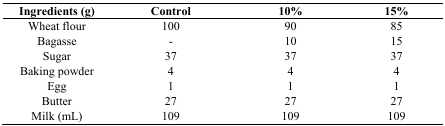
<table><thead><tr><td><b>Ingredients (g)</b></td><td><b>Control</b></td><td><b>10%</b></td><td><b>15%</b></td></tr></thead><tbody><tr><td>Wheat flour</td><td>100</td><td>90</td><td>85</td></tr><tr><td>Bagasse</td><td>-</td><td>10</td><td>15</td></tr><tr><td>Sugar</td><td>37</td><td>37</td><td>37</td></tr><tr><td>Baking powder</td><td>4</td><td>4</td><td>4</td></tr><tr><td>Egg</td><td>1</td><td>1</td><td>1</td></tr><tr><td>Butter</td><td>27</td><td>27</td><td>27</td></tr><tr><td>Milk (mL)</td><td>109</td><td>109</td><td>109</td></tr></tbody></table>